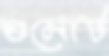
গুমোট